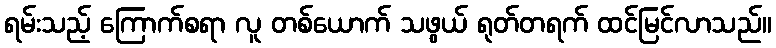
ရမ်းသည့် ကြောက်စရာ လူ တစ်ယောက် သဖွယ် ရုတ်တရက် ထင်မြင်လာသည်။